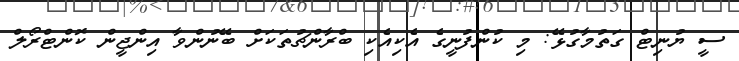
ސީ ޔުނިޓް ގަތުމާގުޅޭ: މި ކުންފުނީގެ އެކިއެކި ބްރާންޗުތަކަށް ބޭނުންވާ އިންޖީން ކޮންޓްރޯލް